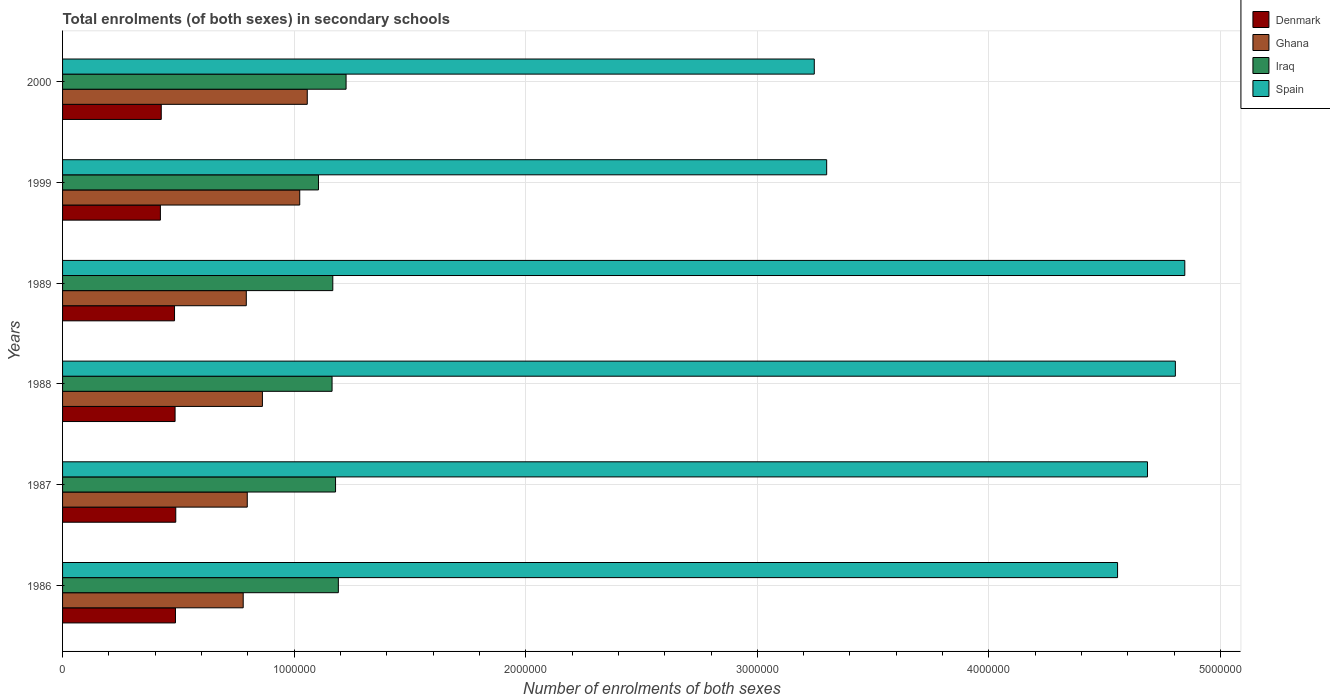
| Years | Denmark | Ghana | Iraq | Spain |
 | --- | --- | --- | --- | --- |
 | 1986 | 4.88e+05 | 7.8e+05 | 1.19e+06 | 4.56e+06 |
 | 1987 | 4.89e+05 | 7.98e+05 | 1.18e+06 | 4.68e+06 |
 | 1988 | 4.86e+05 | 8.63e+05 | 1.16e+06 | 4.81e+06 |
 | 1989 | 4.84e+05 | 7.93e+05 | 1.17e+06 | 4.85e+06 |
 | 1999 | 4.22e+05 | 1.02e+06 | 1.11e+06 | 3.3e+06 |
 | 2000 | 4.26e+05 | 1.06e+06 | 1.22e+06 | 3.25e+06 |